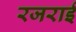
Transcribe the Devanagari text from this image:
रजराई